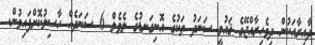
ދާއިރާއަކުން ދިވެހިރާއްޖޭގެ ޤައުމީ ސަނަދު ތަކުގެ އޮނިގަނޑުގެ ލެވެލް 6 ސަނަދެއް ހާސިލުކޮށްފައިވުން.